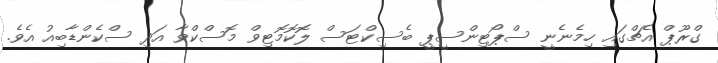
ގްރޫޕް އެޗްގައި ހިމެނެނީ ސްޕޯޓިންސީޕީ ބެސިކްޓަސް ލޮކޮމޮޓިވް މޮސްކްވާ އަދި ސްކެންޑާބިއު އެވެ.